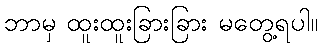
ဘာမှ ထူးထူးခြားခြား မတွေ့ရပါ။